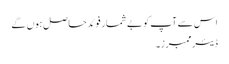
اس سے آپ کو بے شمار فوئد حاصل ہوں گے
ڈیئر ممبرز۔